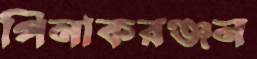
পিনাকরঞ্জন